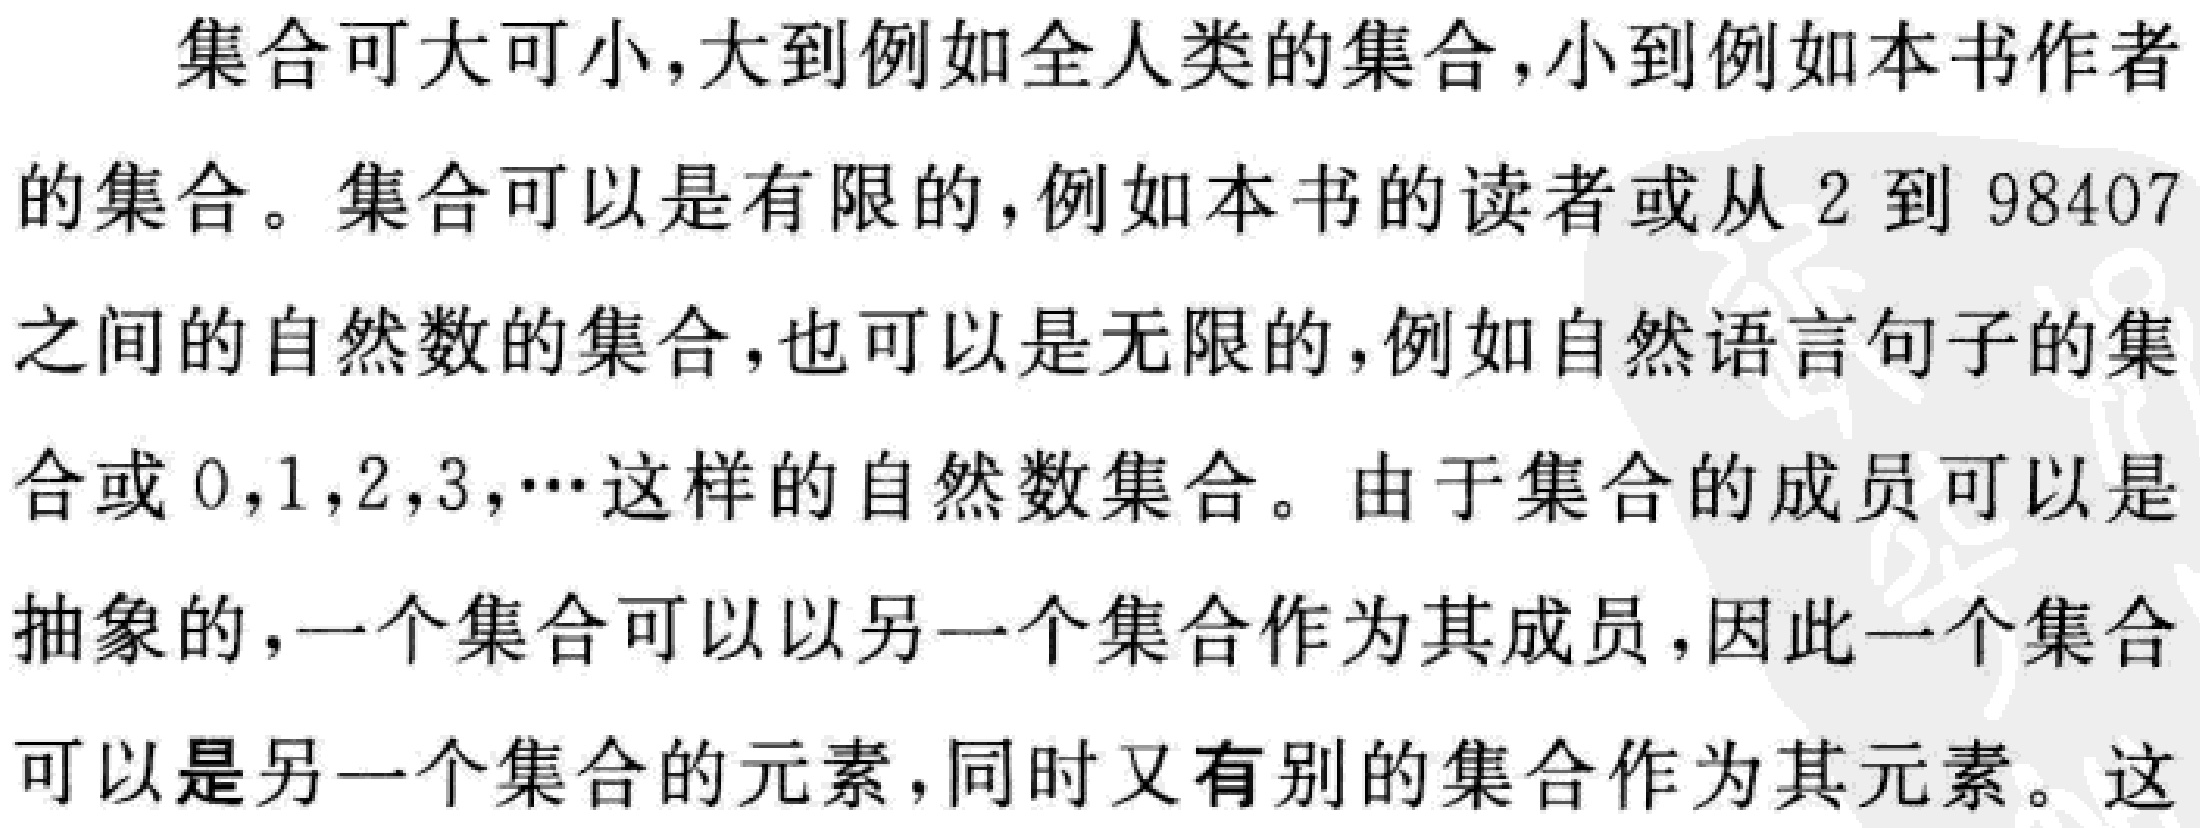
集合可大可小,大到例如全人类的集合,小到例如本书作者的集合。集合可以是有限的,例如本书的读者或从$2$到$98407$之间的自然数的集合,也可以是无限的,例如自然语言句子的集合或$0,1,2,3,\cdots$这样的自然数集合。由于集合的成员可以是抽象的,一个集合可以以另一个集合作为其成员,因此一个集合可以是另一个集合的元素,同时又有别的集合作为其元素。这